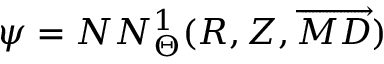
\psi = N N _ { \Theta } ^ { 1 } ( R , Z , \overrightarrow { M D } )